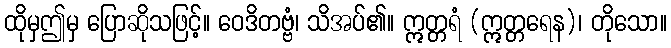
ထိုမှဤမှ ပြောဆိုသဖြင့်။ ဝေဒိတဗ္ဗံ၊ သိအပ်၏။ ဣတ္တရံ (ဣတ္တရေန)၊ တိုသော။